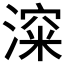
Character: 𰜿